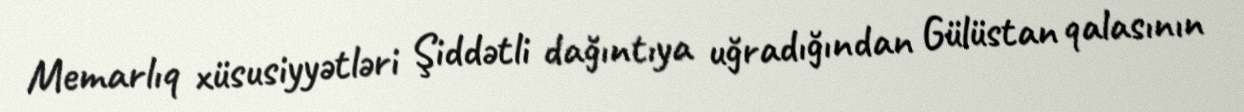
Memarlıq xüsusiyyətləri Şiddətli dağıntıya uğradığından Gülüstan qalasının